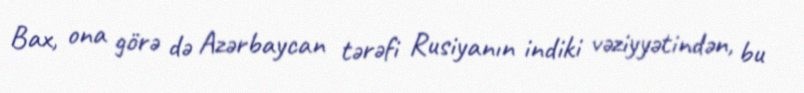
Bax, ona görə də Azərbaycan tərəfi Rusiyanın indiki vəziyyətindən, bu